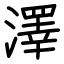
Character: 澤